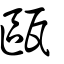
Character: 甌